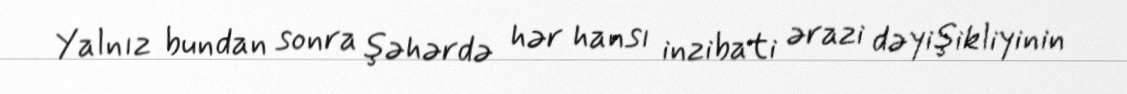
Yalnız bundan sonra şəhərdə hər hansı inzibati ərazi dəyişikliyinin